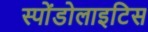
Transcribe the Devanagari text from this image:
स्पोंडोलाइटिस